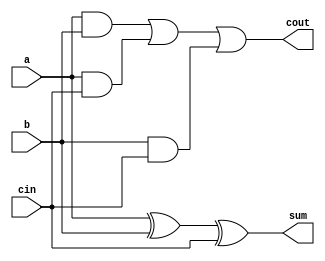
///////////////////////////////////////////////////////////////////////////////
//
//	Module Name:	Full-Adder
//
//
//
//	Description:	3-input & 2-output Adder
//
///////////////////////////////////////////////////////////////////////////////

module 	FullAdder(a, b, cin, sum, cout);

input 	a, b, cin;
output 	sum, cout;

assign	sum = a ^ b ^ cin;
assign 	cout = (a & b) | (a & cin) | (b & cin);

endmodule